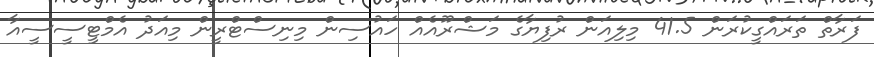
ފަރާތް ތަރައްގީކުރަން 41.5 މިލިއަން ރުފިޔާގެ މަޝްރޫއެއް ހައުސިން މިނިސްޓްރީން މިއަދު އެމްޓީސީސީއާ